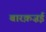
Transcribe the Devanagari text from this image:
बारक़ज़ई